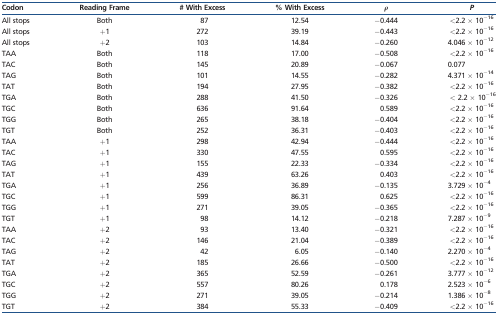
<table><thead><tr><td><b>Codon</b></td><td><b>Reading Frame</b></td><td><b># With Excess</b></td><td><b>% With Excess</b></td><td><b>ρ</b></td><td><b><i>P</i></b></td></tr></thead><tbody><tr><td>All stops</td><td>Both</td><td>87</td><td>12.54</td><td>−0.444</td><td>&lt;2.2 × 10<sup>−16</sup></td></tr><tr><td>All stops</td><td>+1</td><td>272</td><td>39.19</td><td>−0.443</td><td>&lt;2.2 × 10<sup>−16</sup></td></tr><tr><td>All stops</td><td>+2</td><td>103</td><td>14.84</td><td>−0.260</td><td>4.046 × 10<sup>−12</sup></td></tr><tr><td>TAA</td><td>Both</td><td>118</td><td>17.00</td><td>−0.508</td><td>&lt;2.2 × 10<sup>−16</sup></td></tr><tr><td>TAC</td><td>Both</td><td>145</td><td>20.89</td><td>−0.067</td><td>0.077</td></tr><tr><td>TAG</td><td>Both</td><td>101</td><td>14.55</td><td>−0.282</td><td>4.371 × 10<sup>−14</sup></td></tr><tr><td>TAT</td><td>Both</td><td>194</td><td>27.95</td><td>−0.382</td><td>&lt;2.2 × 10<sup>−16</sup></td></tr><tr><td>TGA</td><td>Both</td><td>288</td><td>41.50</td><td>−0.326</td><td>&lt; 2.2 × 10<sup>−16</sup></td></tr><tr><td>TGC</td><td>Both</td><td>636</td><td>91.64</td><td>0.589</td><td>&lt;2.2 × 10<sup>−16</sup></td></tr><tr><td>TGG</td><td>Both</td><td>265</td><td>38.18</td><td>−0.404</td><td>&lt;2.2 × 10<sup>−16</sup></td></tr><tr><td>TGT</td><td>Both</td><td>252</td><td>36.31</td><td>−0.403</td><td>&lt;2.2 × 10<sup>−16</sup></td></tr><tr><td>TAA</td><td>+1</td><td>298</td><td>42.94</td><td>−0.444</td><td>&lt;2.2 × 10<sup>−16</sup></td></tr><tr><td>TAC</td><td>+1</td><td>330</td><td>47.55</td><td>0.595</td><td>&lt;2.2 × 10<sup>−16</sup></td></tr><tr><td>TAG</td><td>+1</td><td>155</td><td>22.33</td><td>−0.334</td><td>&lt;2.2 × 10<sup>−16</sup></td></tr><tr><td>TAT</td><td>+1</td><td>439</td><td>63.26</td><td>0.403</td><td>&lt;2.2 × 10<sup>−16</sup></td></tr><tr><td>TGA</td><td>+1</td><td>256</td><td>36.89</td><td>−0.135</td><td>3.729 × 10<sup>−4</sup></td></tr><tr><td>TGC</td><td>+1</td><td>599</td><td>86.31</td><td>0.625</td><td>&lt;2.2 × 10<sup>−16</sup></td></tr><tr><td>TGG</td><td>+1</td><td>271</td><td>39.05</td><td>−0.365</td><td>&lt;2.2 × 10<sup>−16</sup></td></tr><tr><td>TGT</td><td>+1</td><td>98</td><td>14.12</td><td>−0.218</td><td>7.287 × 10<sup>−9</sup></td></tr><tr><td>TAA</td><td>+2</td><td>93</td><td>13.40</td><td>−0.321</td><td>&lt;2.2 × 10<sup>−16</sup></td></tr><tr><td>TAC</td><td>+2</td><td>146</td><td>21.04</td><td>−0.389</td><td>&lt;2.2 × 10<sup>−16</sup></td></tr><tr><td>TAG</td><td>+2</td><td>42</td><td>6.05</td><td>−0.140</td><td>2.270 × 10<sup>−4</sup></td></tr><tr><td>TAT</td><td>+2</td><td>185</td><td>26.66</td><td>−0.500</td><td>&lt;2.2 × 10<sup>−16</sup></td></tr><tr><td>TGA</td><td>+2</td><td>365</td><td>52.59</td><td>−0.261</td><td>3.777 × 10<sup>−12</sup></td></tr><tr><td>TGC</td><td>+2</td><td>557</td><td>80.26</td><td>0.178</td><td>2.523 × 10<sup>−6</sup></td></tr><tr><td>TGG</td><td>+2</td><td>271</td><td>39.05</td><td>−0.214</td><td>1.386 × 10<sup>−8</sup></td></tr><tr><td>TGT</td><td>+2</td><td>384</td><td>55.33</td><td>−0.409</td><td>&lt;2.2 × 10<sup>−16</sup></td></tr></tbody></table>